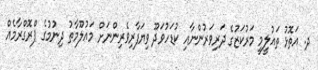
ދ. އަތޮޅު ތައުލީމީ މަރުކަޒުގެ ދަރިވަރުންނާއި ކުޑަހުވަދޫ ވިޔަފާރިވެރިންނަށް މައުލޫމާތު ދިނުމުގެ ޕްރޮގްރާމެއް